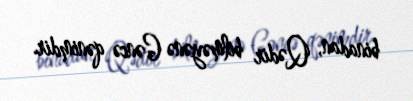
binadan, Qədir bilməyənə Gəncə qənimdir.